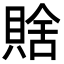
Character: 𧶟